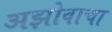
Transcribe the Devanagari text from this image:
अझोवाचा